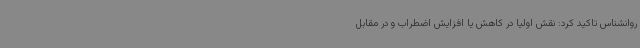
روانشناس تاکید کرد: نقش اولیا در کاهش یا افزایش اضطراب و در مقابل